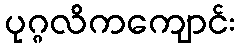
ပုဂ္ဂလိကကျောင်း